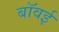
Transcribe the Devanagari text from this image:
बॉवई